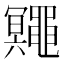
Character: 鼆